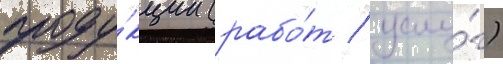
проду́кции (рабо́т / услу́г)